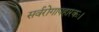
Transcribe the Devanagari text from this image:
सर्वरोगापहारकः।